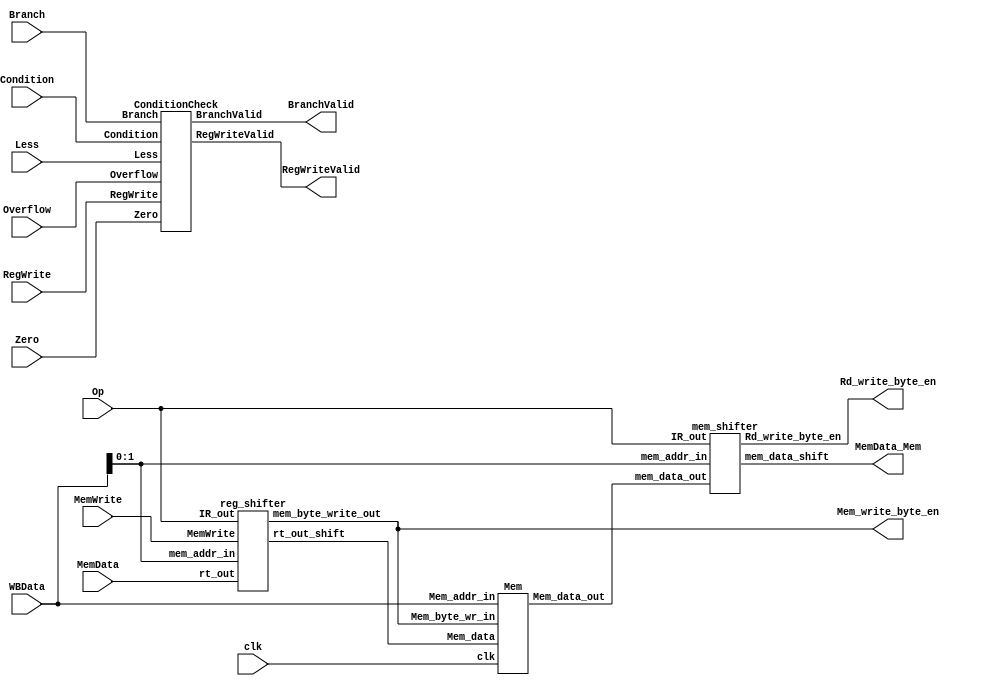
module MEM(
	input clk,
	input [5:0] Op,
	input [2:0] Condition,
	input Branch,
	input MemWrite,
	input RegWrite,
	input [31:0] MemData,
	input Less,Zero,Overflow,
	input [31:0] WBData,
	output [31:0] MemData_Mem,
	output [3:0] Rd_write_byte_en,
	output RegWriteValid,
	output BranchValid,
	output [3:0]Mem_write_byte_en
);
wire [31:0] Mem_data_in;
wire [31:0] Mem_data_out;
//wire [3:0] Mem_write_byte_en;
ConditionCheck ConditionCheck(Condition,Branch,RegWrite,Less,Zero,Overflow,BranchValid,RegWriteValid);
reg_shifter reg_shifter(MemData,WBData[1:0],MemWrite,Op,Mem_data_in,Mem_write_byte_en);
Mem Mem(Mem_write_byte_en,clk,Mem_data_in,WBData,Mem_data_out);
mem_shifter mem_shifter(Mem_data_out,WBData[1:0],Op,MemData_Mem,Rd_write_byte_en);
endmodule

//Conditiion
module ConditionCheck(
	input [2:0] Condition,
	input Branch,
	input RegWrite,
	input Less,Zero,Overflow,
	output reg BranchValid,RegWriteValid
);

always @(*)
begin
if(Branch==0)
BranchValid=0;
else
begin
case(Condition)
3'b000:
BranchValid=0;
3'b001:
BranchValid=Zero;
3'b010:
BranchValid=~Zero;
3'b011:
BranchValid=Less|Zero;//>=0
3'b100:
BranchValid=Less;//>0
3'b101:
BranchValid=~Less;//<=0
3'b110:
BranchValid=~(Less|Zero);//<0
3'b111:
BranchValid=0;
endcase
end

if(RegWrite==0)
RegWriteValid=0;
else if(Overflow==1)
RegWriteValid=0;
else
RegWriteValid=1;
end
//
endmodule
//
module reg_shifter(
	//	 [31:0] Rt_out,
	//	 [31:0] IR,
	//	 [1:0] Mem_addr_in,
	//output reg [31:0] Rt_out_shift
	input [31:0] rt_out,
	input	[1:0] mem_addr_in,
	input	MemWrite,
	input [5:0] IR_out,
	output reg [31:0] rt_out_shift,
	output reg [3:0] mem_byte_write_out
);
reg [3:0]mem_byte_write;
always @ (*)
begin
	if (IR_out == 6'b101011) begin rt_out_shift = rt_out;mem_byte_write=4'b1111;end
	else begin
		case (mem_addr_in)
			2'b00: begin rt_out_shift = {rt_out[7:0],  24'b0};mem_byte_write=4'b1000;end
			2'b01: begin rt_out_shift = {rt_out[15:0], 16'b0};mem_byte_write=4'b1100;end
			2'b10: begin rt_out_shift = {rt_out[23:0], 8'b0};mem_byte_write=4'b1110;end
			2'b11: begin rt_out_shift = rt_out;mem_byte_write=4'b1111;end
		endcase
	end
	mem_byte_write_out = mem_byte_write & {4{MemWrite}};
end

endmodule


/*
module reg_shifter(
input [31:0] rt_out,
input [1:0] mem_addr_in,
input MemWrite,
input [5:0] IR_out,
output [31:0] rt_out_shift,
output reg [3:0] mem_byte_write
);

wire [2:0] rt_out_shift_ctr;
wire [31:0] rt_out_r,rt_out_l;
always @(MemWrite or mem_addr_in or IR_out)
begin
if(MemWrite==0)
mem_byte_write=4'b0000;
else 
begin
if(IR_out==6'b101110)
				begin
					case(mem_addr_in)
					2'b00:mem_byte_write=4'b1000;
					2'b01:mem_byte_write=4'b1100;
					2'b10:mem_byte_write=4'b1110;
					2'b11:mem_byte_write=4'b1111;
					default:mem_byte_write=4'b0000;
					endcase
				end
				else if(IR_out==6'b101011)
						mem_byte_write=4'b1111;
				else mem_byte_write=4'b1111;
end		
end							
assign rt_out_shift_ctr[2]=IR_out[5]&&(!IR_out[4])&&IR_out[3]&&(((!IR_out[2])&&IR_out[1])||(IR_out[1]&&(!IR_out[0])));
assign rt_out_shift_ctr[1]=IR_out[5]&&(!IR_out[4])&&IR_out[3]&&(((!IR_out[2])&&(!IR_out[1])&&IR_out[0])||(IR_out[2]&&IR_out[1]&&(!IR_out[0])));
assign rt_out_shift_ctr[0]=IR_out[5]&&(!IR_out[4])&&IR_out[3]&&((!IR_out[2])&&IR_out[1]&&(!IR_out[0]));

select4_8 s31(rt_out[31:24],8'b0,8'b0,8'b0,mem_addr_in,rt_out_l[31:24]);
select4_8 s32(rt_out[7:0],rt_out[15:8],rt_out[23:16],rt_out[31:24],mem_addr_in,rt_out_r[31:24]);
select4_8 s33(rt_out[23:16],rt_out[31:24],8'b0,8'b0,mem_addr_in,rt_out_l[23:16]);
select4_8 s34(8'b0,rt_out[7:0],rt_out[15:8],rt_out[23:16],mem_addr_in,rt_out_r[23:16]);
select4_8 s35(rt_out[15:8],rt_out[23:16],rt_out[31:24],8'b0,mem_addr_in,rt_out_l[15:8]);
select4_8 s36(8'b0,8'b0,rt_out[7:0],rt_out[15:8],mem_addr_in,rt_out_r[15:8]);
select4_8 s37(rt_out[7:0],rt_out[15:8],rt_out[23:16],rt_out[31:24],mem_addr_in,rt_out_l[7:0]);
select4_8 s38(8'b0,8'b0,8'b0,rt_out[7:0],mem_addr_in,rt_out_r[7:0]);

select8_8 s39(rt_out[7:0],8'b0,rt_out[15:8],8'b0,rt_out_l[31:24],rt_out_l[31:24],rt_out_r[31:24],8'b0,rt_out_shift_ctr,rt_out_shift[31:24]);
select8_8 s310(rt_out[7:0],8'b0,rt_out[7:0],8'b0,rt_out_l[23:16],rt_out_l[23:16],rt_out_r[23:16],8'b0,rt_out_shift_ctr,rt_out_shift[23:16]);
select8_8 s311(rt_out[7:0],8'b0,rt_out[15:8],8'b0,rt_out_l[15:8],rt_out_l[15:8],rt_out_r[15:8],8'b0,rt_out_shift_ctr,rt_out_shift[15:8]);
select8_8 s312(rt_out[7:0],8'b0,rt_out[7:0],8'b0,rt_out_l[7:0],rt_out_l[7:0],rt_out_r[7:0],8'b0,rt_out_shift_ctr,rt_out_shift[7:0]);
endmodule
*/
//
/*
module mem_shifter(
input [31:0] mem_data_out,
input [1:0] mem_addr_in,
input [5:0] IR_out,
output [31:0] mem_data_shift,
output reg [3:0] Rd_write_byte_en
);
wire [2:0] mem_data_shift_ctr;
wire [31:0] mem_d_l,mem_d_r;
always@(IR_out or mem_addr_in)
begin
if(IR_out==6'b100010)
				begin
					case(mem_addr_in)
					2'b00:Rd_write_byte_en=4'b0000;
					2'b01:Rd_write_byte_en=4'b0001;
					2'b10:Rd_write_byte_en=4'b0011;
					2'b11:Rd_write_byte_en=4'b0111;
					default:Rd_write_byte_en=4'b0000;
					endcase
				end
else if(IR_out==6'b100011)
				Rd_write_byte_en=4'b1111;
else Rd_write_byte_en=4'b1111;
end						
assign mem_data_shift_ctr[2]=IR_out[5]&&(!IR_out[4])&&(!IR_out[3])&&(((!IR_out[2])&&IR_out[1])||(IR_out[1]&&(!IR_out[0])));
assign mem_data_shift_ctr[1]=IR_out[5]&&(!IR_out[4])&&(!IR_out[3])&&(((!IR_out[1])&&IR_out[0])||(IR_out[2]&&IR_out[1]&&(!IR_out[0])));
assign mem_data_shift_ctr[0]=IR_out[5]&&(!IR_out[4])&&(!IR_out[3])&&(((!IR_out[1])&&IR_out[2])||((!IR_out[2])&&IR_out[1]&&(!IR_out[0])));
select4_8 s21(mem_data_out[31:24],mem_data_out[23:16],mem_data_out[15:8],mem_data_out[7:0],mem_addr_in,mem_d_l[31:24]);
select4_8 s22(8'b0,8'b0,8'b0,mem_data_out[31:24],mem_addr_in,mem_d_r[31:24]);
select4_8 s23(mem_data_out[23:16],mem_data_out[15:8],mem_data_out[7:0],8'b0,mem_addr_in,mem_d_l[23:16]);
select4_8 s24(8'b0,8'b0,mem_data_out[31:24],mem_data_out[23:16],mem_addr_in,mem_d_r[23:16]);
select4_8 s25(mem_data_out[15:8],mem_data_out[7:0],8'b0,8'b0,mem_addr_in,mem_d_l[15:8]);
select4_8 s26(8'b0,mem_data_out[31:24],mem_data_out[23:16],mem_data_out[15:8],mem_addr_in,mem_d_r[15:8]);
select4_8 s27(mem_data_out[7:0],8'b0,8'b0,8'b0,mem_addr_in,mem_d_l[7:0]);
select4_8 s28(mem_data_out[31:24],mem_data_out[23:16],mem_data_out[15:8],mem_data_out[7:0],mem_addr_in,mem_d_r[7:0]);
select8_8 s29({8{mem_d_l[31]}},8'b0,{8{mem_d_l[31]}},8'b0,mem_d_l[31:24],mem_d_l[31:24],mem_d_r[31:24],8'b0,mem_data_shift_ctr,mem_data_shift[31:24]);
select8_8 s210({8{mem_d_l[31]}},8'b0,{8{mem_d_l[31]}},8'b0,mem_d_l[23:16],mem_d_l[23:16],mem_d_r[23:16],8'b0,mem_data_shift_ctr,mem_data_shift[23:16]);
select8_8 s211({8{mem_d_l[31]}},8'b0,mem_d_l[31:24],mem_d_l[31:24],mem_d_l[15:8],mem_d_l[15:8],mem_d_r[15:8],8'b0,mem_data_shift_ctr,mem_data_shift[15:8]);
select8_8 s212(mem_d_l[31:24],mem_d_l[31:24],mem_d_l[23:16],mem_d_l[23:16],mem_d_l[7:0],mem_d_l[7:0],mem_d_r[7:0],8'b0,mem_data_shift_ctr,mem_data_shift[7:0]);
endmodule

*/
module mem_shifter(
	//input [1:0] Mem_addr_in,
	//	 [31:0] Mem_data_out,
	//	 [31:0] IR,
	//output reg [31:0] Mem_data_shift
	input [31:0] mem_data_out,
	input	[1:0] mem_addr_in,
	input [5:0] IR_out,
	output reg [31:0] mem_data_shift,
	output reg [3:0] Rd_write_byte_en
);

always @ (*)
begin
	if (IR_out == 6'b100011)begin
		mem_data_shift = mem_data_out;
		Rd_write_byte_en=4'b1111;
	end
	else begin
		case (mem_addr_in)
			2'b00: begin mem_data_shift = mem_data_out; Rd_write_byte_en=4'b1111;end
			2'b01: begin mem_data_shift = {mem_data_out[23:0], 8'b0};Rd_write_byte_en=4'b1110; end
			2'b10: begin mem_data_shift = {mem_data_out[15:0], 16'b0};Rd_write_byte_en=4'b1100; end
			2'b11: begin mem_data_shift = {mem_data_out[7:0],  24'b0};Rd_write_byte_en=4'b1000; end
		endcase
	end
end

endmodule

//!!!!!!
module Mem(
	input [3:0]Mem_byte_wr_in,
	input clk,
	input [31:0]Mem_data,
	input [31:0]Mem_addr_in,
	output reg [31:0]Mem_data_out
);
reg [31:0]addr;
integer i;
reg [7:0] IR_reg [500:0];
initial
begin
for(i=0;i<=500;i=i+1) IR_reg[i]=8'b0;
IR_reg[256] = 8'b10011000;
IR_reg[257] = 8'b10010110;
IR_reg[258] = 8'b10011100;
IR_reg[259] = 8'b11001110;
end
always@(posedge clk)
begin
addr = {Mem_addr_in[31:2],2'b00};
if(Mem_byte_wr_in[3])
	IR_reg[addr+3]<=Mem_data[31:24];
if(Mem_byte_wr_in[2])
	IR_reg[addr+2]<=Mem_data[23:16];
if(Mem_byte_wr_in[1])
	IR_reg[addr+1]<=Mem_data[15:8];
if(Mem_byte_wr_in[0])
	IR_reg[addr]<=Mem_data[7:0];
if(addr >= 496)
		Mem_data_out <= 32'h00000000;
else begin
	Mem_data_out[31:24]<=IR_reg[addr + 3];
	Mem_data_out[23:16]<=IR_reg[addr+2];
	Mem_data_out[15:8]<=IR_reg[addr+1];
	Mem_data_out[7:0]<=IR_reg[addr];
end
end
endmodule